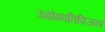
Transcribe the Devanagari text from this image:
उद्योगपतिविजय